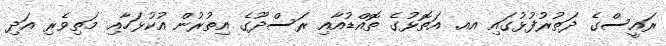
ރައީސްގެ ދަތުރުފުޅުގައި އއ. އަތޮޅުގެ ތޮއްޑުއާއި ރަސްދޫގެ އިތުރުން އުކުޅަހާއި މަތިވެރި އަދި